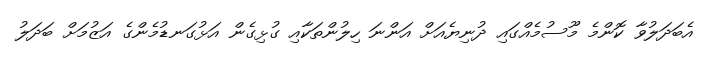
އެބަދަލުވާ ކޮންމެ މޫސުމެއްގައި ދުނިޔެއަށް އަންނަ ހިލުންތަކާއި ގުޅިގެން އަޅުގަނޑުމެންގެ އަޒުމަށް ބަދަލު